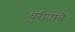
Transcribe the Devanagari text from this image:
धुरीणांचे